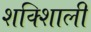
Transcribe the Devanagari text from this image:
शक्शिाली